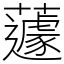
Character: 蘧